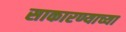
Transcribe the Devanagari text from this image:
साकारण्याच्या